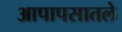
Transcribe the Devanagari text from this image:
आपापसातले